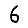
Digit: 6